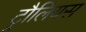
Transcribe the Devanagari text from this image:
ट्रौलियस